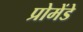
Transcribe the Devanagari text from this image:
प्रोमेंडे